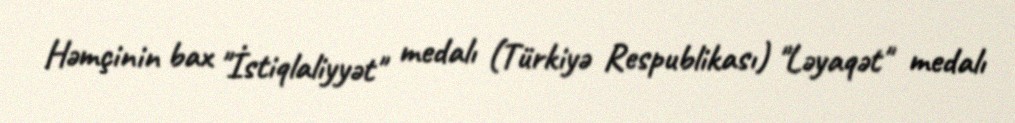
Həmçinin bax "İstiqlaliyyət" medalı (Türkiyə Respublikası) "Ləyaqət" medalı